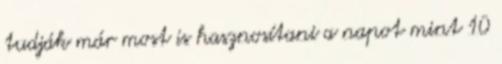
tudják már most is hasznosítani a napot mint 10